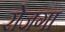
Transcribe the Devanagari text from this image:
रोजगा